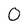
Character: O